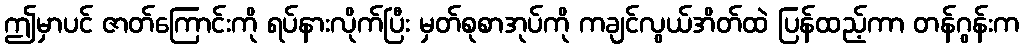
ဤမှာပင် ဇာတ်ကြောင်းကို ရပ်နားလိုက်ပြီး မှတ်စုစာအုပ်ကို ကချင်လွယ်အိတ်ထဲ ပြန်ထည့်ကာ တန်ဂွန်းက